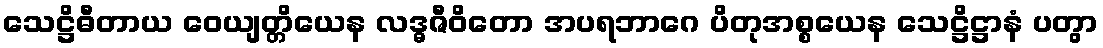
သေဋ္ဌိဓီတာယ ဝေယျတ္တိယေန လဒ္ဓဇီဝိတော အပရဘာဂေ ပိတုအစ္စယေန သေဋ္ဌိဋ္ဌာနံ ပတွာ